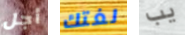
أجل لغتك يب